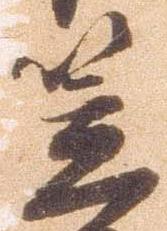
笠